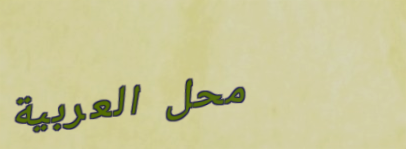
محل العربية